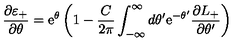
\frac { \partial \varepsilon _ { + } } { \partial \theta } = \mathrm { e } ^ { \theta } \left( 1 - \frac { C } { 2 \pi } \int _ { - \infty } ^ { \infty } d \theta ^ { \prime } \mathrm { e } ^ { - \theta ^ { \prime } } \frac { \partial L _ { + } } { \partial \theta ^ { \prime } } \right)